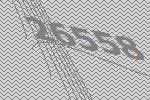
26558